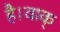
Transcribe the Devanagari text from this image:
है।वाक्